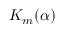
K _ { m } ( \alpha )